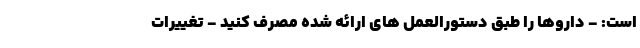
است: - داروها را طبق دستورالعمل های ارائه شده مصرف کنید - تغییرات